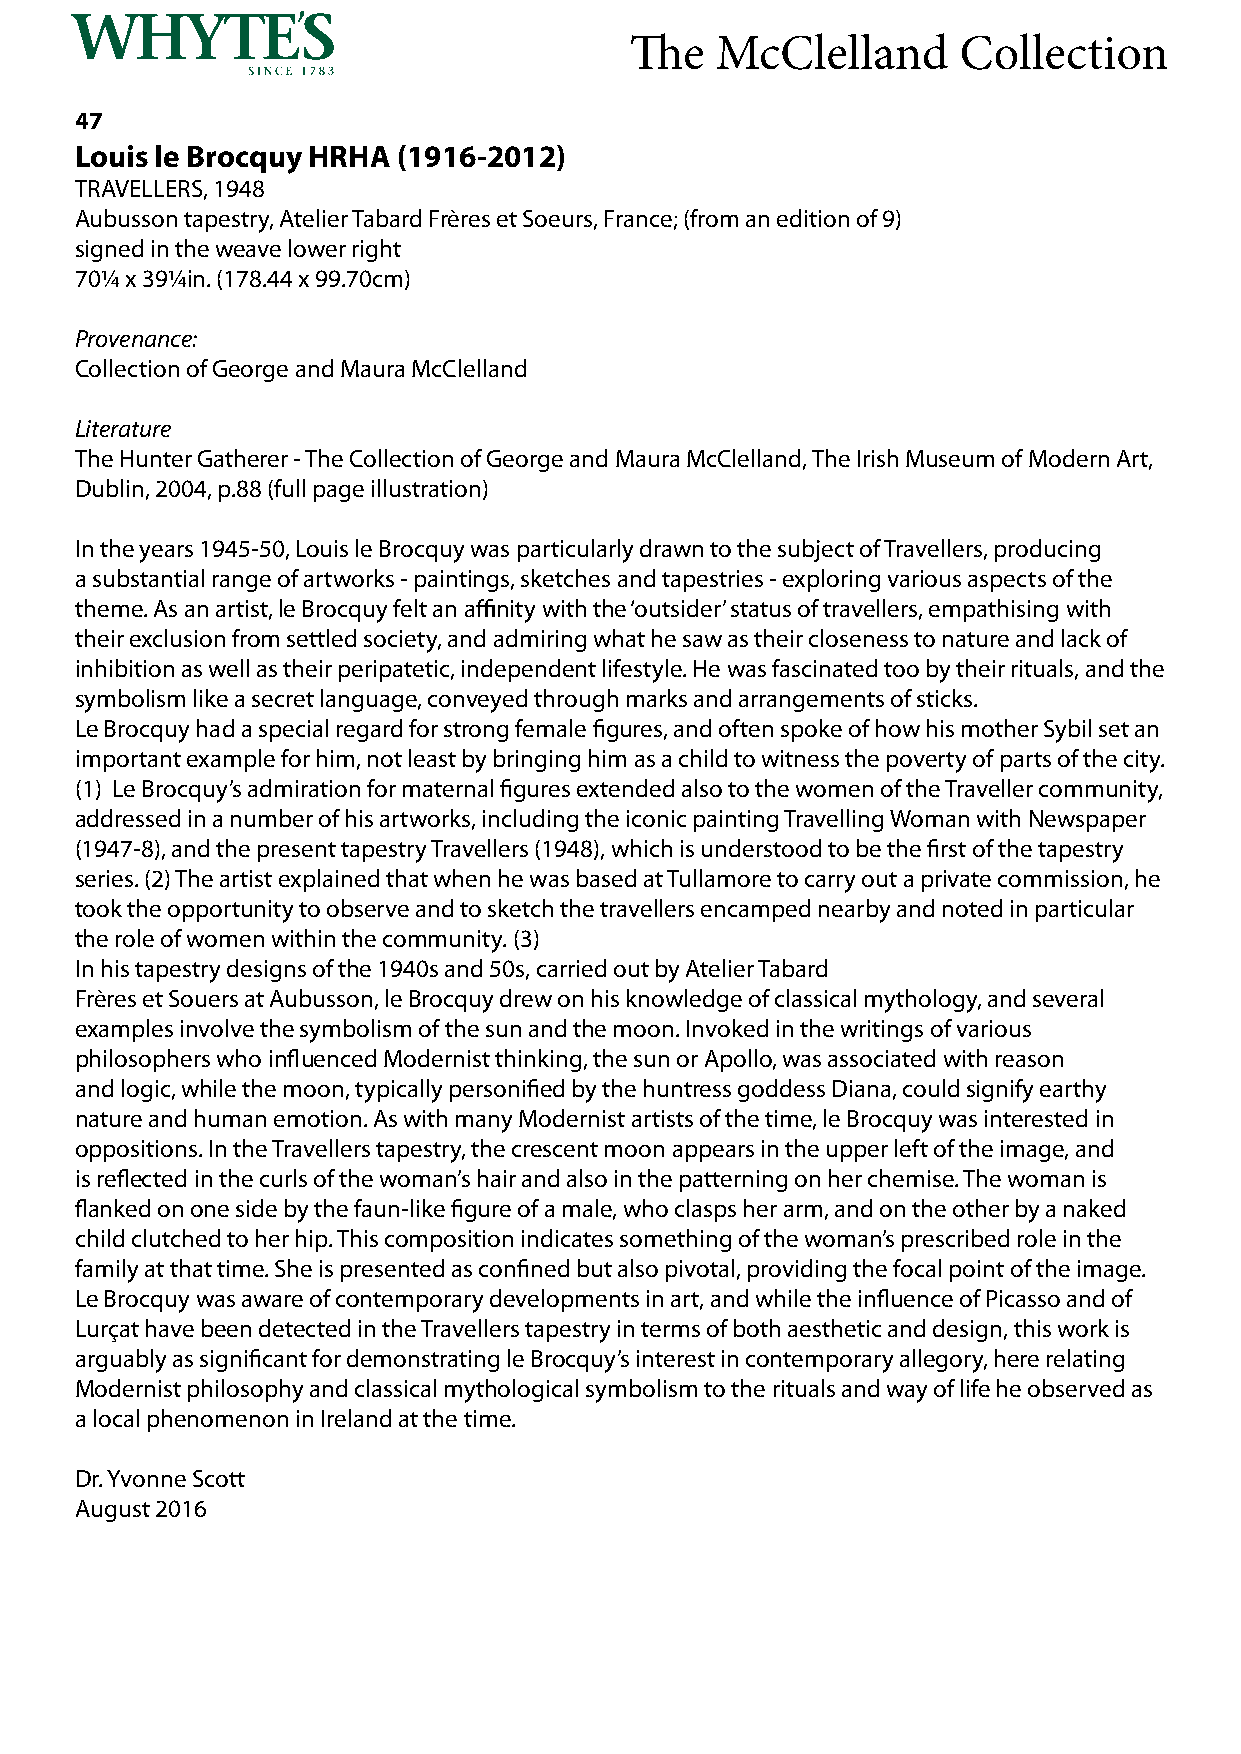
The  McClelland      Collection
 47
 Louis le Brocquy HRHA (1916-2012)
 TRAVELLERS, 1948
 Aubusson tapestry, Atelier Tabard Frères et Soeurs, France; (from an edition of 9)
 signed in the weave lower right
 70¼ x 39¼in. (178.44 x 99.70cm)
 Provenance:
 Collection of George and Maura McClelland
 Literature
 The Hunter Gatherer - The Collection of George and Maura McClelland, The Irish Museum of Modern Art,
 Dublin, 2004, p.88 (full page illustration)
 In the years 1945-50, Louis le Brocquy was particularly drawn to the subject of Travellers, producing
 a substantial range of artworks - paintings, sketches and tapestries - exploring various aspects of the
 theme. As an artist, le Brocquy felt an affinity with the ‘outsider’ status of travellers, empathising with
 their exclusion from settled society, and admiring what he saw as their closeness to nature and lack of
 inhibition as well as their peripatetic, independent lifestyle. He was fascinated too by their rituals, and the
 symbolism like a secret language, conveyed through marks and arrangements of sticks.
 Le Brocquy had a special regard for strong female figures, and often spoke of how his mother Sybil set an
 important example for him, not least by bringing him as a child to witness the poverty of parts of the city.
 (1) Le Brocquy’s admiration for maternal figures extended also to the women of the Traveller community,
 addressed in a number of his artworks, including the iconic painting Travelling Woman with Newspaper
 (1947-8), and the present tapestry Travellers (1948), which is understood to be the first of the tapestry
 series. (2) The artist explained that when he was based at Tullamore to carry out a private commission, he
 took the opportunity to observe and to sketch the travellers encamped nearby and noted in particular
 the role of women within the community. (3)
 In his tapestry designs of the 1940s and 50s, carried out by Atelier Tabard
 Frères et Souers at Aubusson, le Brocquy drew on his knowledge of classical mythology, and several
 examples involve the symbolism of the sun and the moon. Invoked in the writings of various
 philosophers who influenced Modernist thinking, the sun or Apollo, was associated with reason
 and logic, while the moon, typically personified by the huntress goddess Diana, could signify earthy
 nature and human emotion. As with many Modernist artists of the time, le Brocquy was interested in
 oppositions. In the Travellers tapestry, the crescent moon appears in the upper left of the image, and
 is reflected in the curls of the woman’s hair and also in the patterning on her chemise. The woman is
 flanked on one side by the faun-like figure of a male, who clasps her arm, and on the other by a naked
 child clutched to her hip. This composition indicates something of the woman’s prescribed role in the
 family at that time. She is presented as confined but also pivotal, providing the focal point of the image.
 Le Brocquy was aware of contemporary developments in art, and while the influence of Picasso and of
 Lurçat have been detected in the Travellers tapestry in terms of both aesthetic and design, this work is
 arguably as significant for demonstrating le Brocquy’s interest in contemporary allegory, here relating
 Modernist philosophy and classical mythological symbolism to the rituals and way of life he observed as
 a local phenomenon in Ireland at the time.
 Dr. Yvonne Scott
 August 2016